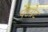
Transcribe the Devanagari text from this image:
पेटग्रेट